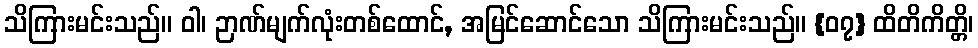
သိကြားမင်းသည်။ ဝါ၊ ဉာဏ်မျက်လုံးတစ်ထောင်, အမြင်ဆောင်သော သိကြားမင်းသည်။ {၀၇} ထိတိကိတ္တိ၊